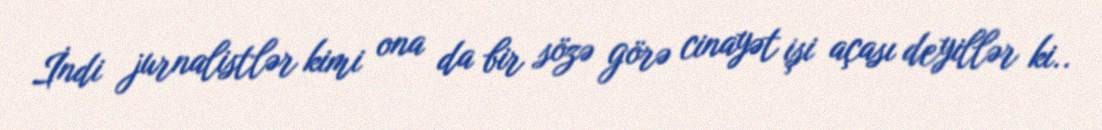
İndi jurnalistlər kimi ona da bir sözə görə cinayət işi açası deyillər ki..